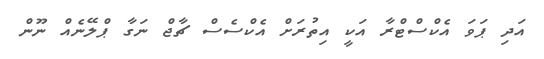
އަދި ޕަވަ އެކްސްޓްރާ އަކީ އިތުރަށް އެކްސެސް ޗާޖް ނަގާ ޕްލޭނެއް ނޫން